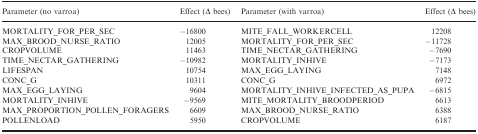
| Parameter (no varroa) | Effect (Δ bees) | Parameter (with varroa) | Effect (Δ bees) |
 | --- | --- | --- | --- |
 | MORTALITY_FOR_PER_SEC | −16800 | MITE_FALL_WORKERCELL | 12208 |
 | MAX_BROOD_NURSE_RATIO | 12005 | MORTALITY_FOR_PER_SEC | −11728 |
 | CROPVOLUME | 11463 | TIME_NECTAR_GATHERING | −7690 |
 | TIME_NECTAR_GATHERING | −10982 | MORTALITY_INHIVE | −7173 |
 | LIFESPAN | 10754 | MAX_EGG_LAYING | 7148 |
 | CONC_G | 10311 | CONC_G | 6972 |
 | MAX_EGG_LAYING | 9604 | MORTALITY_INHIVE_INFECTED_AS_PUPA | −6815 |
 | MORTALITY_INHIVE | −9569 | MITE_MORTALITY_BROODPERIOD | 6613 |
 | MAX_PROPORTION_POLLEN_FORAGERS | 6609 | MAX_BROOD_NURSE_RATIO | 6388 |
 | POLLENLOAD | 5950 | CROPVOLUME | 6187 |